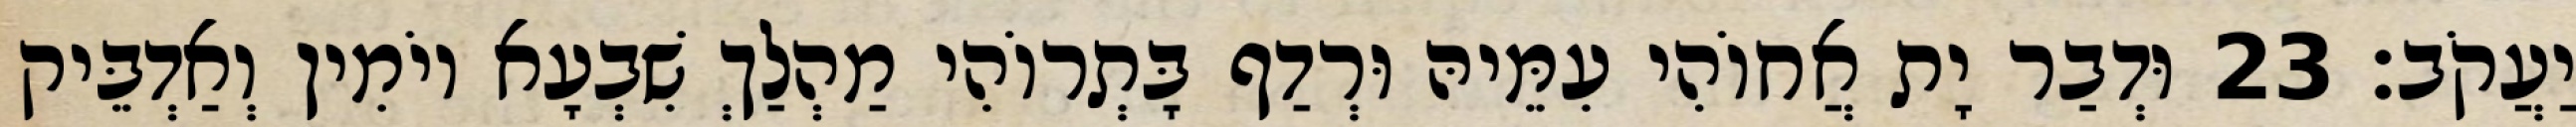
יַעֲקֹב׃ 23 וּדְבַר יָת אֲחוֹהִי עִמֵּיהּ וּרְדַף בָּתְרוֹהִי מַהְלַךְ שִׁבְעָא יוֹמִין וְאַדְבֵּיק